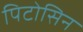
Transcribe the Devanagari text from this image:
पिटोसिन